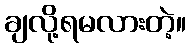
ချလို့ရမလားတဲ့။